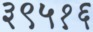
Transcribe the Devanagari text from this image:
३९५१६